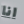
انا